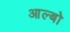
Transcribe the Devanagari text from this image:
आल्बो